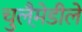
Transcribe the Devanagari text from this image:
चुलैमे़डीले